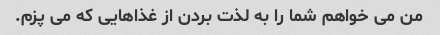
من می خواهم شما را به لذت بردن از غذاهایی که می پزم.